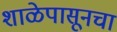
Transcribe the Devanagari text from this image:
शाळेपासूनचा